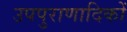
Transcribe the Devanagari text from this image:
उपपुराणादिकों